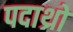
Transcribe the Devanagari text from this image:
पदाथ्रो